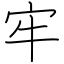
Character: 牢